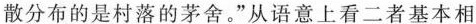
散分布的是村落的茅舍。”从语意上看二者基本相